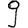
Digit: 9